Vaccination in Bombay 1863-1868 - 1863-1868
Year: 1863
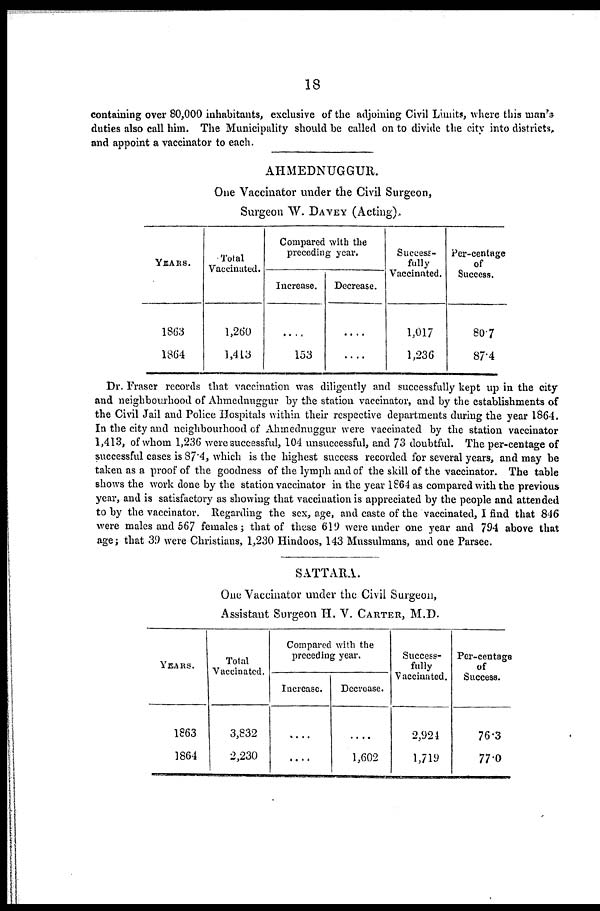
18
containing over 80,000 inhabitants, exclusive of the adjoining Civil Limits, where this man's
duties also call him. The Municipality should be called on to divide the city into districts,
and appoint a vaccinator to each.
AHMEDNUGGUR.
One Vaccinator under the Civil Surgeon,
Surgeon W. DAVEY (Acting).
YEARS.
1863
1864
Total
Vaccinated.
1,260
1,4 13
Compared with the
preceding year.
Increase.
....
153
Decrease.
....
....
Success-
fully
Vaccinated.
1,017
1,236
Per-centage
of
Success.
80.7
87.4
Dr. Fraser records that vaccination was diligently and successfully kept up in the city
and neighbourhood of Ahmednuggur by the station vaccinator, and by the establishments of
the Civil Jail and Police Hospitals within their respective departments during the year 1864.
In the city and neighbourhood of Ahmednuggur were vaccinated by the station vaccinator
1,413, of whom 1,236 were successful, 104 unsuccessful, and 73 doubtful. The per-centage of
successful cases is 87.4, which is the highest success recorded for several years, and may be
taken as a proof of the goodness of the lymph and of the skill of the vaccinator. The table
shows the work done by the station vaccinator in the year 1864 as compared with the previous
year, and is satisfactory as showing that vaccination is appreciated by the people and attended
to by the vaccinator. Regarding the sex, age, and caste of the vaccinated, I find that 846
were males and 567 females; that of these 619 were under one year and 794 above that
age; that 39 were Christians, 1,230 Hindoos, 143 Mussulmans, and one Parsee.
SATTARA.
One Vaccinator under the Civil Surgeon,
Assistant Surgeon H. V. CARTER, M.D.
YEARS.
1863
1864
Total
Vaccinated.
3,832
2,230
Compared with the
preceding year.
Increase.
....
....
Decrease.
....
1,602
Success-
fully
Vaccinated.
2,924
1,719
Per-centage
of
Success.
76.3
77.0